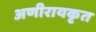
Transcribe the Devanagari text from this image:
अणीरायकृत